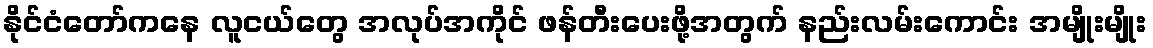
နိုင်ငံတော်ကနေ လူငယ်တွေ အလုပ်အကိုင် ဖန်တီးပေးဖို့အတွက် နည်းလမ်းကောင်း အမျိုးမျိုး